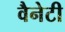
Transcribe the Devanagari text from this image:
वैनेटी